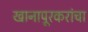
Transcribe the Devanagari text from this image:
खानापूरकरांचा